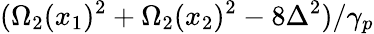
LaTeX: (\Omega_{2}(x_{1})^{2}+\Omega_{2}(x_{2})^{2}-8\Delta^{2})/\gamma_{p}